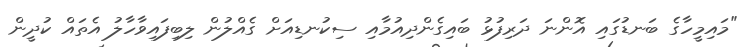
"މައިމީހާގެ ބަނޑުގައި އޮންނަ ދަރިފުޅު ބައިގެންދިއުމާއި ސިކުނޑިއަށް ގެއްލުން ލިބިފައިވާހާލު އެތައް ކުދީން